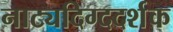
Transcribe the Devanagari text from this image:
नाट्यदिग्ददर्शक